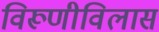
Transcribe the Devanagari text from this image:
विरूणीविलास